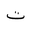
Letter: _ta